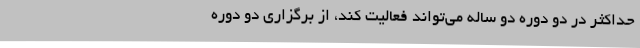
حداکثر در دو دوره دو ساله می‌تواند فعالیت کند، از برگزاری دو دوره